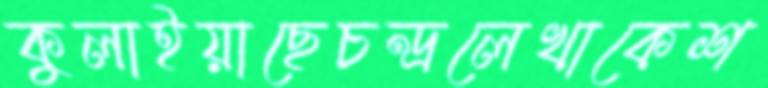
কুলাইয়াছেচন্দ্রলেখাকেশ